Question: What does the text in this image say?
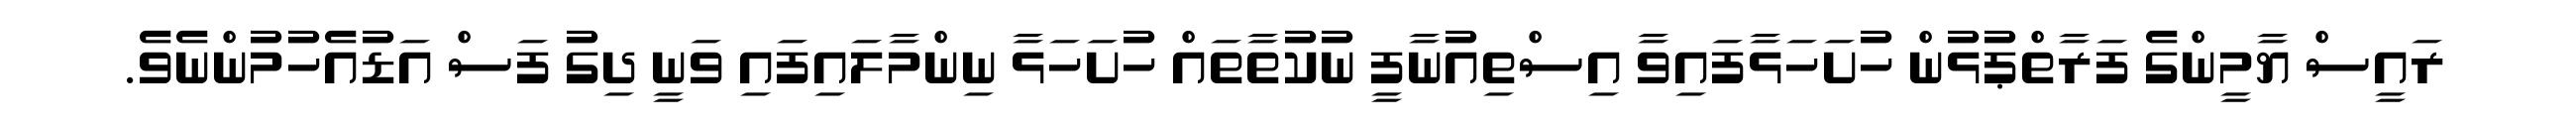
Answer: ރައީސް ޔާމީންގެ ފަރާތްޕުޅުން ހުށަހަޅާފައިވާ އިސްތިއުނާފީ ނުކުތާތައް ހުށަހަޅާ ނިންމާލައިފައި ވަނީ ދިގު ފަސް އަޑުއެހުމުންނެވެ.